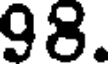
98.